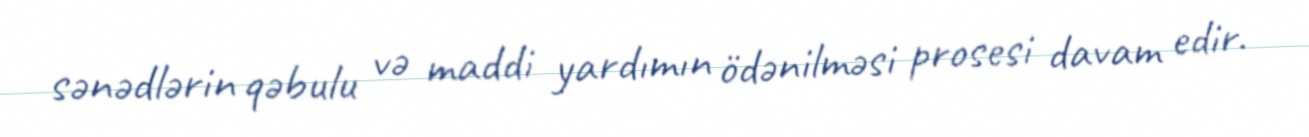
sənədlərin qəbulu və maddi yardımın ödənilməsi prosesi davam edir.